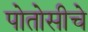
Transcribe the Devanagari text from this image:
पोतोसीचे